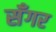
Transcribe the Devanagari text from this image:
सॅंगर